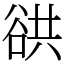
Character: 谼